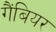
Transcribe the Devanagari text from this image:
गैंबियर